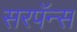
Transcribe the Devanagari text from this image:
सरपॅन्स